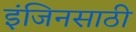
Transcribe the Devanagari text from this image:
इंजिनसाठी